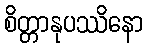
စိတ္တာနုပဿိနော